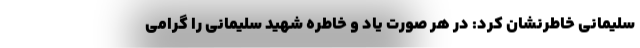
سلیمانی خاطرنشان کرد: در هر صورت یاد و خاطره شهید سلیمانی را گرامی